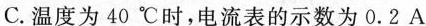
C.温度为40℃时，电流表的示数为0.2A